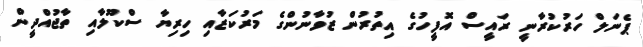
ޕެނަލް ހަރުކުރާނީ ރައީސް އޮފީހުގެ އިތުރުން ޒުވާނުންގެ މަރުކަޒާއި ހިރިޔާ ސްކޫލާއި ތާޖުއްދީން